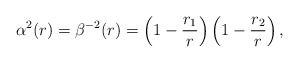
\begin{align*}\alpha^2(r)=\beta^{-2}(r)=\left( 1-{r_1\over r}\right)\left( 1-{r_2\over r}\right) ,\end{align*}